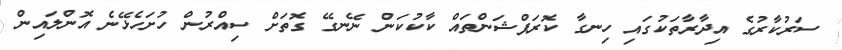
ސަރުކާރުގެ އިދާރާތަކުގައި ހިނގާ ކޮރަޕްޝަންތައް ކާކުކަން ނޭނގޭ ގޮތަށް ސިއްރުން ހުށަހެޅޭނެ އޮންލައިން